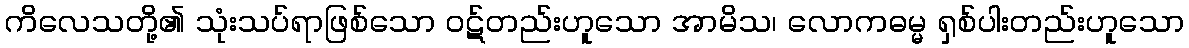
ကိလေသတို့၏ သုံးသပ်ရာဖြစ်သော ဝဋ်တည်းဟူသော အာမိသ၊ လောကဓမ္မ ရှစ်ပါးတည်းဟူသော